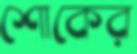
শোকের